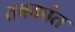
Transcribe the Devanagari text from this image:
तबकांत